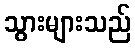
သွားများသည်